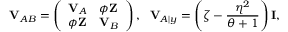
\mathbf { V } _ { A B } = \left( \begin{array} { l l } { \mathbf { V } _ { A } } & { \phi \mathbf { Z } } \\ { \phi \mathbf { Z } } & { \mathbf { V } _ { B } } \end{array} \right) , ~ ~ \mathbf { V } _ { A | y } = \left( \zeta - \frac { \eta ^ { 2 } } { \theta + 1 } \right) \mathbf { I } ,